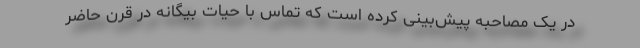
در یک مصاحبه پیش‌بینی کرده است که تماس با حیات بیگانه در قرن حاضر